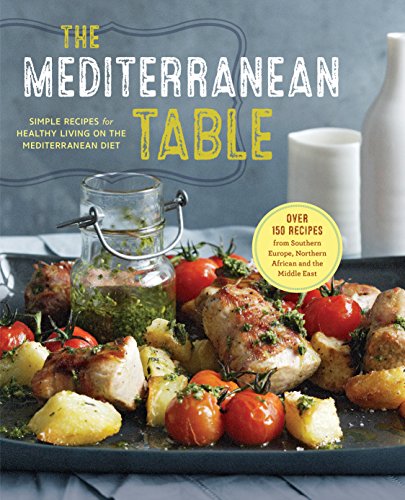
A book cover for The Mediterranean Table: Simple Recipes for Healthy Living on the Mediterranean Diet; Sonoma Press; Cookbooks, Food & Wine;